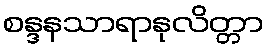
စန္ဒနသာရာနုလိတ္တာ